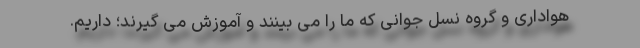
هواداری و گروه نسل جوانی که ما را می بینند و آموزش می گیرند؛ داریم.